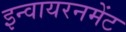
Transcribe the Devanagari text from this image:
इन्वायरनमेंट